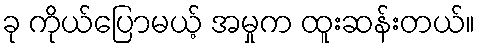
ခု ကိုယ်ပြောမယ့် အမှုက ထူးဆန်းတယ်။